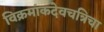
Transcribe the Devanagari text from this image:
विक्रमांकदेवचत्रिचा